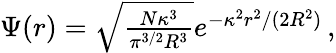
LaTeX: \begin{array}{r}{\Psi(r)=\sqrt{\frac{N\kappa^{3}}{\pi^{3/2}R^{3}}}e^{-\kappa^{2}r^{2}/(2R^{2})}\, ,}\end{array}